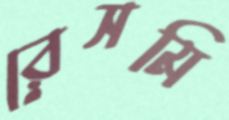
রেসমি